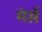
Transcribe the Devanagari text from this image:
मेर्स